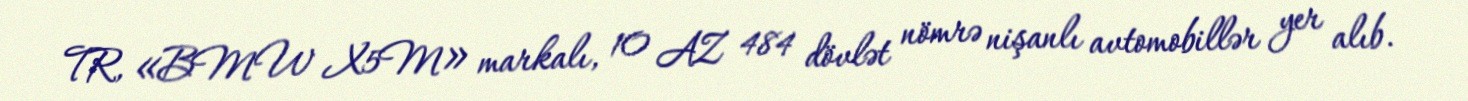
TR, «BMW X5M» markalı, 10 AZ 484 dövlət nömrə nişanlı avtomobillər yer alıb.